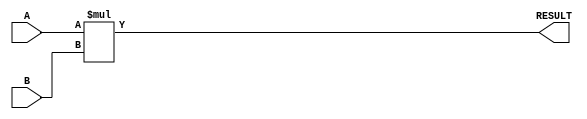
module ParameterizedMultiplier #(
    parameter WIDTH_A = 8,      // Bit-width of first input operand A
    parameter WIDTH_B = 8,      // Bit-width of second input operand B
    parameter WIDTH_OUT = WIDTH_A + WIDTH_B // Bit-width of output RESULT
)(
    input  wire [WIDTH_A-1:0] A,  // First multiplicand
    input  wire [WIDTH_B-1:0] B,  // Second multiplicand
    output wire [WIDTH_OUT-1:0] RESULT // Product of A and B
);

    // Behavioral multiplication
    assign RESULT = A * B;

endmodule